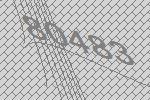
80483